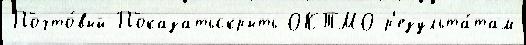
Почто́вый Показатьскрыть ОКТМО р'езульта́там